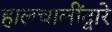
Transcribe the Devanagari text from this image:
हालचालींद्वारे